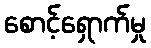
စောင့်ရှောက်မှု